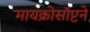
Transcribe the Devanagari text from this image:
मायक्रोसॉप्टने